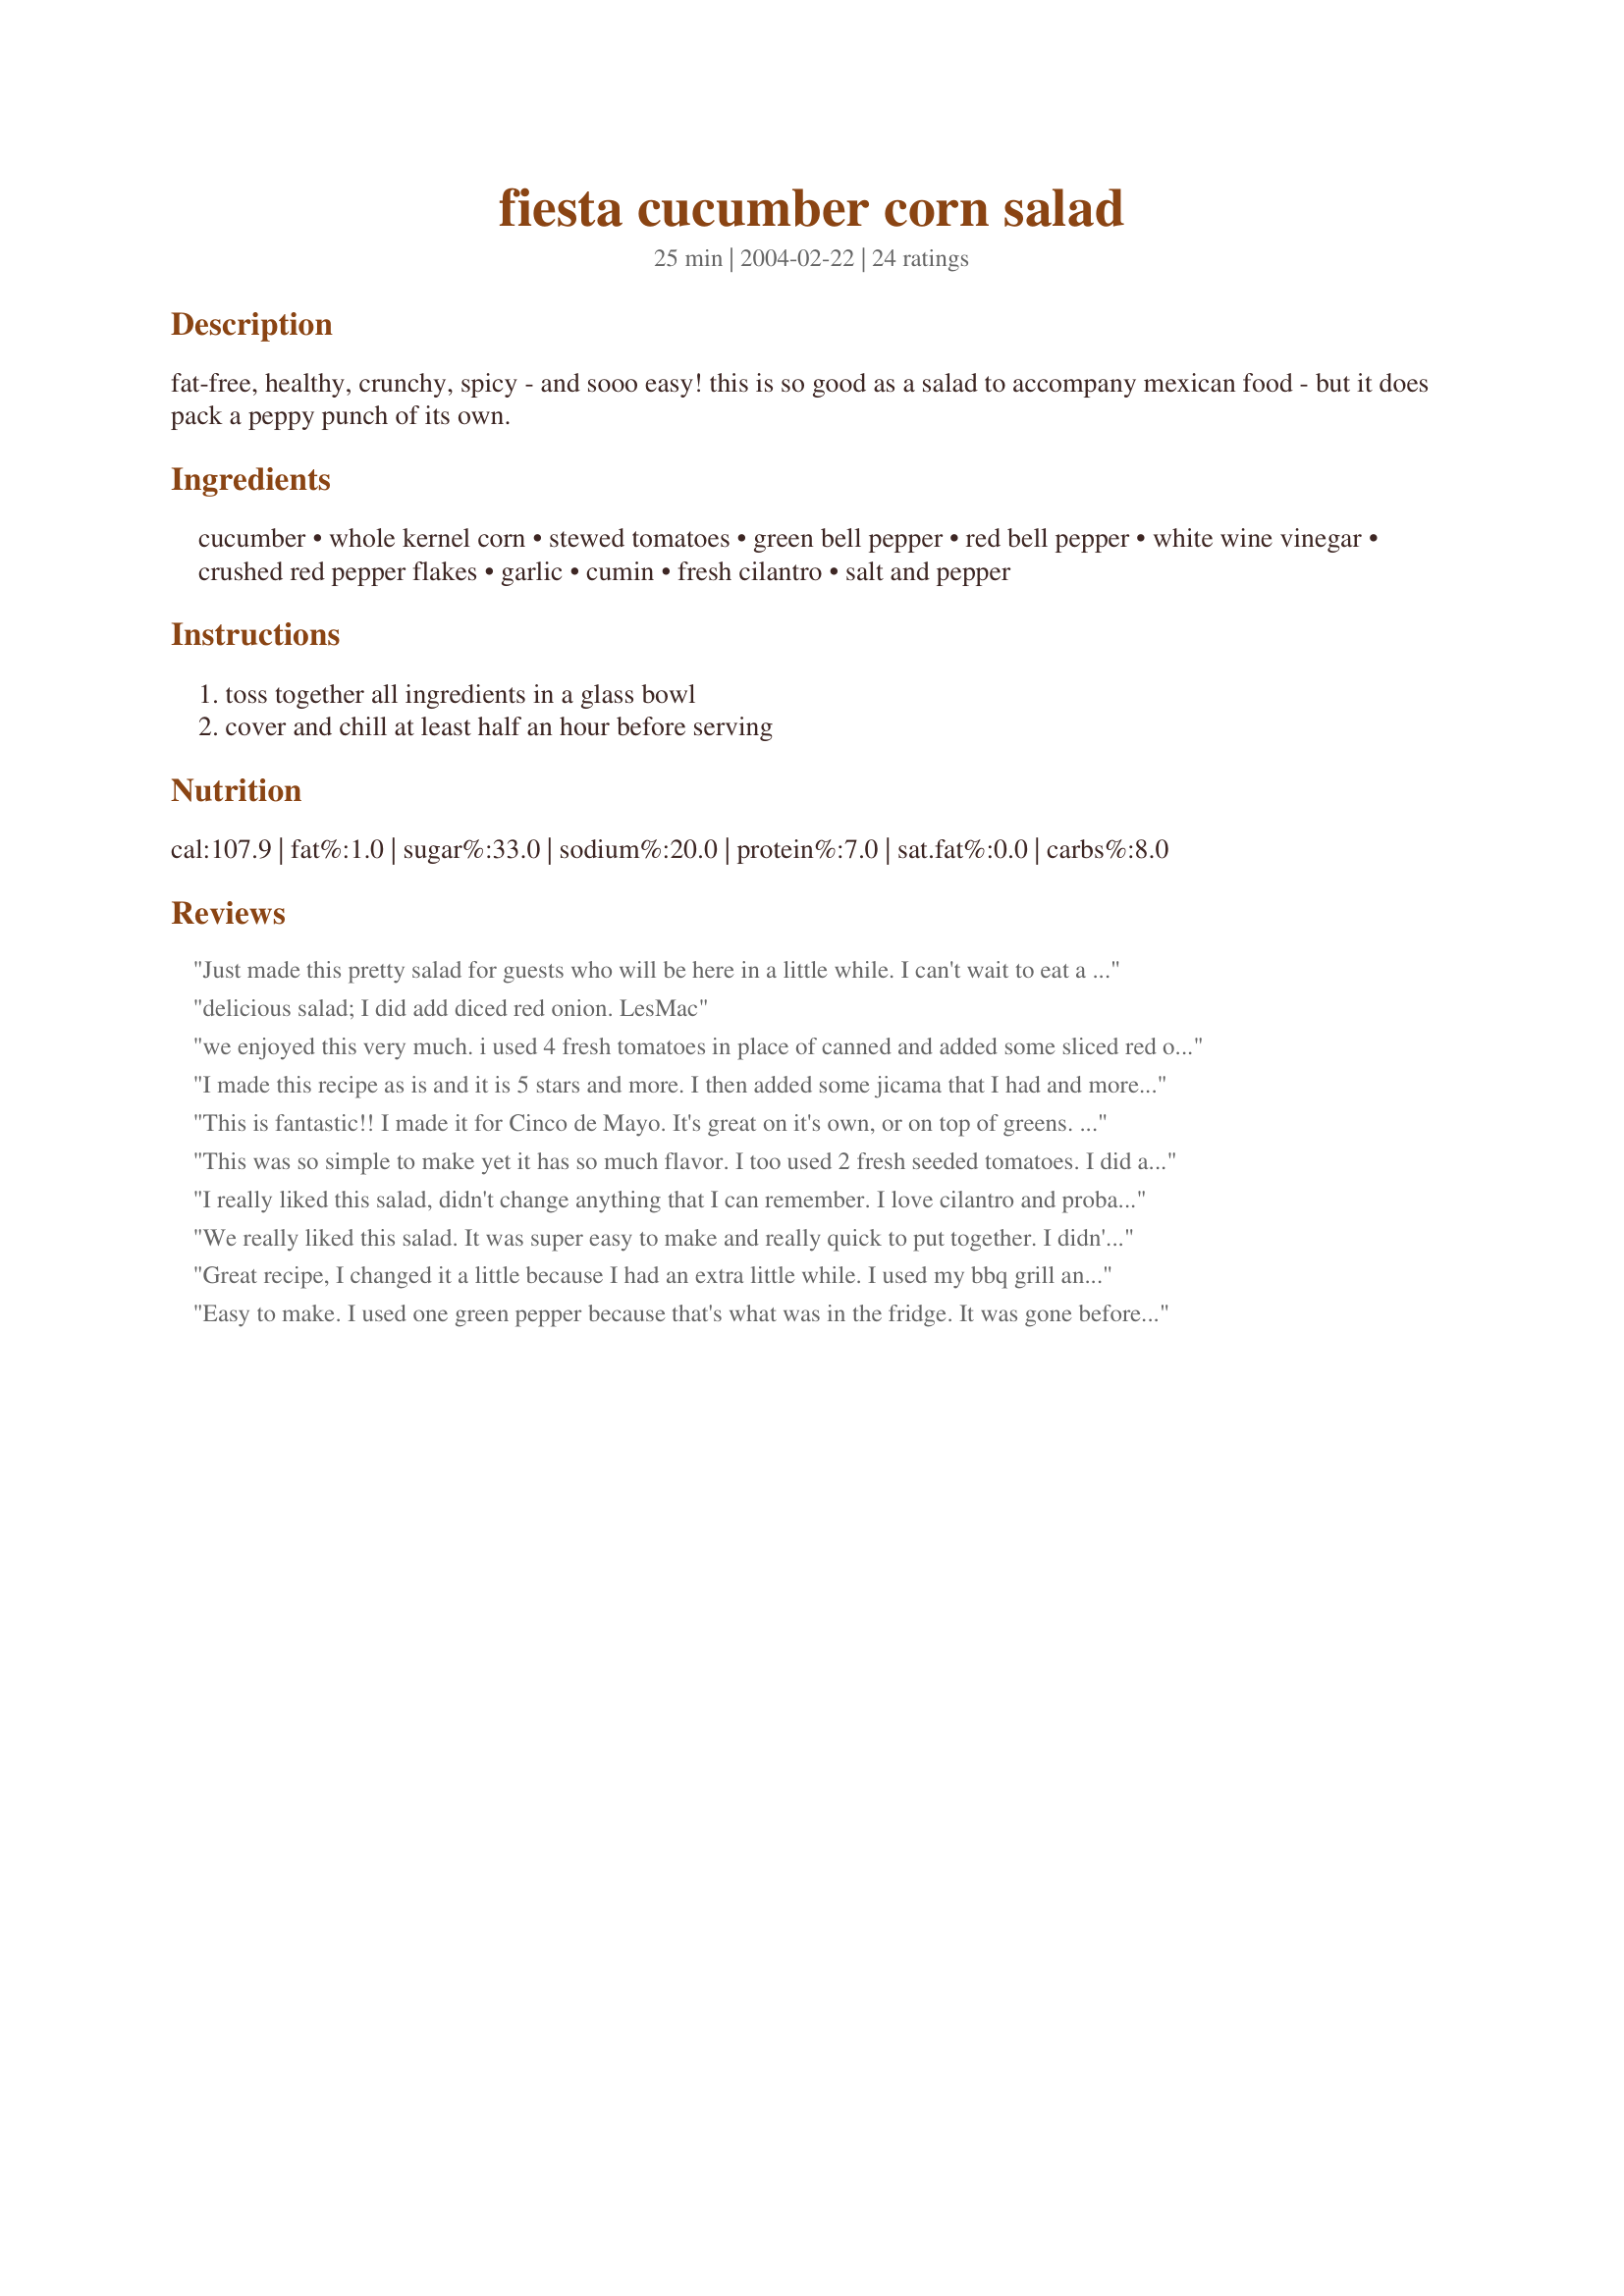
fiesta cucumber corn salad
Preparation time: 25 minutes

fat-free, healthy, crunchy, spicy - and sooo easy! this is so good as a salad to accompany mexican food - but it does pack a peppy punch of its own.

Ingredients:
cucumber, whole kernel corn, stewed tomatoes, green bell pepper, red bell pepper, white wine vinegar, crushed red pepper flakes, garlic, cumin, fresh cilantro, salt and pepper

Steps:
toss together all ingredients in a glass bowl, cover and chill at least half an hour before serving

Reviews:
Just made this pretty salad for guests who will be here in a little while. I can't wait to eat a bowl full. I made a small addition.. will let you know if it enhanced the salad or not in a couple of hours. Thanks for sharing.
Later: Edsgirl, it was a hit. Thanks so much! Since I didn't have stewed tomatoes, I just used the ripe tomatoes I had. I decided to add some chopped pears and chopped mango. Since my quantities were larger, I added some lemon juice too along with the balsamic vinegar (instead of white wine vinegar) plus 2 tablespoons of olive oil. Followed every thing else as per your recipe. I am certain I will make it again as it is easy and full of zing!
delicious salad; I did add diced red onion. LesMac
we enjoyed this very much. i used 4 fresh tomatoes in place of canned and added some sliced red onion. i used an english cucumber and fresh basil.this salad will be great this summer!
I made this recipe as is and it is 5 stars and more. I then added some jicama that I had and more salt. Next time I will look for a kitchen sink to throw in because this salad will be delicious with just about anything. Those that are reading reviews before pulling out a bowl to fill up, don't hesitate as this salad rocks. Except, don't make this if you are not into &quot;color&quot;.
This is fantastic!! I made it for Cinco de Mayo. It's great on it's own, or on top of greens. I threw it on top of some chili. I bet it would be fabu with a burger! I also used fresh tomatoes, lime juice in addition to the vinegar and I used Trader Joes fire roasted corn which added a nice smoky sweet aspect to the flavor. A definite keeper!!
This was so simple to make yet it has so much flavor. I too used 2 fresh seeded tomatoes. I did add 1 Tbsp E.V.O.O. and 1 tsp fresh ginger and some celery, & sub'd red wine vinegar for the white cause thats what I had. Wonderful! Everyone enjoyed it. It will keep nicely at summer BBQs. Thank you for posting!!
I really liked this salad, didn't change anything that I can remember. I love cilantro and probably added extra. This would be fabulous in the summer!
We really liked this salad. It was super easy to make and really quick to put together. I didn't have any white wine vinegar so I substituted red wine vinegar. Also I used a can of petite diced tomatoes instead of stewed. Could have used a bit more cumin for my taste, but otherwise this was perfect. I can see this being a summer staple in our house. Thanks!
Great recipe, I changed it a little because I had an extra little while. I used my bbq grill and cooked fresh corn on the cob and the bell peppers until they were slightly blackened. I then rapidly cooled them on ice and cut the corn off the cob and cut the peppers up.<br/><br/>I used four cobs of corn (roasted on bbq), two cucumbers, two fresh tomatoes (seeded and cut), 1 bunch cilantro (diced), 1 and a half teaspoons crushed cumin, one green and two red bell peppers (roasted on the BBQ and diced) two Tablespoons vinegar, one and a half tablespoons of crushed fresh garlic (next time I will try to roast a few cloves instead of buying a jar of crushed garlic) and one teaspoon red pepper flakes (you may want to cut that to 3/4).<br/><br/>serve with some meat BBQed, something sweet like corn bread and butter with a watermelon as desert. We had four adults, three teen agers and three kids. It was a huge hit and there were leftovers that everyone wanted to save.
Easy to make. I used one green pepper because that's what was in the fridge. It was gone before the day was over!
This salad was simply delicious. The only thing I changed was that I used all red bell pepper and no green, and I added a can of drained sliced black olives. Next time I think I may add some avocado as well. We had this with fish tacos, and it was a great meal. Thanks!
I agree with the other reviews. The recipe seems very simple but is greater than the sum of the individual items. The lack of oil made it fresher and healthier --- but we loved it for the taste.
I will refrain from a star rating, because I changed the recipe. I really like the idea here, but I tried to make it without cilantro, because we don&#039;t care for it. And the result was a bland dish. I will try again with more varied seasonings. Serve with quinoa w/taco seasoning on the side to add protein.
Loved it. Modified like others suggested, with red wine vinegar, lemon juice and I let it sit in the frig for an hour. I snuck in one finely chopped jalapeno and added Tajin Chili/lime seasoning. Will make often, for sure.
Mmmm! Delicious! This salad is so fresh and summery tasting--I'll definitely make it again! I think in future I'll use lime juice instead of the vinegar, as I think that will enhance the fresh flavor. I also used 2 medium fresh tomatoes instead of the stewed and replaced the green bell pepper with yellow.
This was a wonderful refreshing salad we enjoyed for dinner tonight. The only change I made was to use fresh lemon juice instead of vinegar and I used 3 fresh tomatoes(large) instead of stewed ones. I didn't use any garlic in this. This recipe is a keeper!! Thanks again!
Tried this with dinner tonight and everyone loved it! This is definately a recipe that I will make again! It was a great way to use my garden cucumbers. Thank you for posting the great recipe!
This is fabulous! I used regular white vinegar, since I couldn't find white wine vinegar for some reason. Also, I only used half of the red pepper flakes called for. I also used only chopped green pepper. Delicious! Thanks for a great recipe! Tastes better as it ages, too!
This was pretty good. Shared it with friends. A nice change from salad. It kept for several days in the fridge. Wonderful way to use up some garden veggies. Thanks for sharing!
We really enjoyed this salad, it was so easy, colourful, tasty and so healthy-what more could you want. I love the fact you can make it from things mostly on hand in the fridge and pantry.
Easy to make, tasty, fresh, crunchy, a great side dish for something creamy. Definitely recommend you make it and let it sit for at least 30 minutes to let all the flavors combine. I did and it made a difference.
This is great! I was looking for a way to use a cucumber since I don't normally care for them, and this was a great recipe find. I made it pretty quickly before school this morning and have already had several servings of it. I did estimate the spices, but whatever I did worked. Thanks for sharing!
I prepared this with fresh corn cut from the cob and fresh tomatoes. I also subbed an orange pepper for the red, as that is what I had on hand. I like the combination of the fresh, crisp cucumber with the smokey cumin and the heat of the pepper flakes.
This was terrific and quite refreshing with corn off the cob, vine-ripened tomatoes from my garden, and some just-picked basil as well. Like a previous reviewer I used lemon juice (fresh) instead of vinegar.Thanks for posting.
